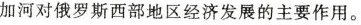
加河对俄罗斯西部地区经济发展的主要作用。